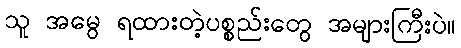
သူ အမွေ ရထားတဲ့ပစ္စည်းတွေ အများကြီးပဲ။